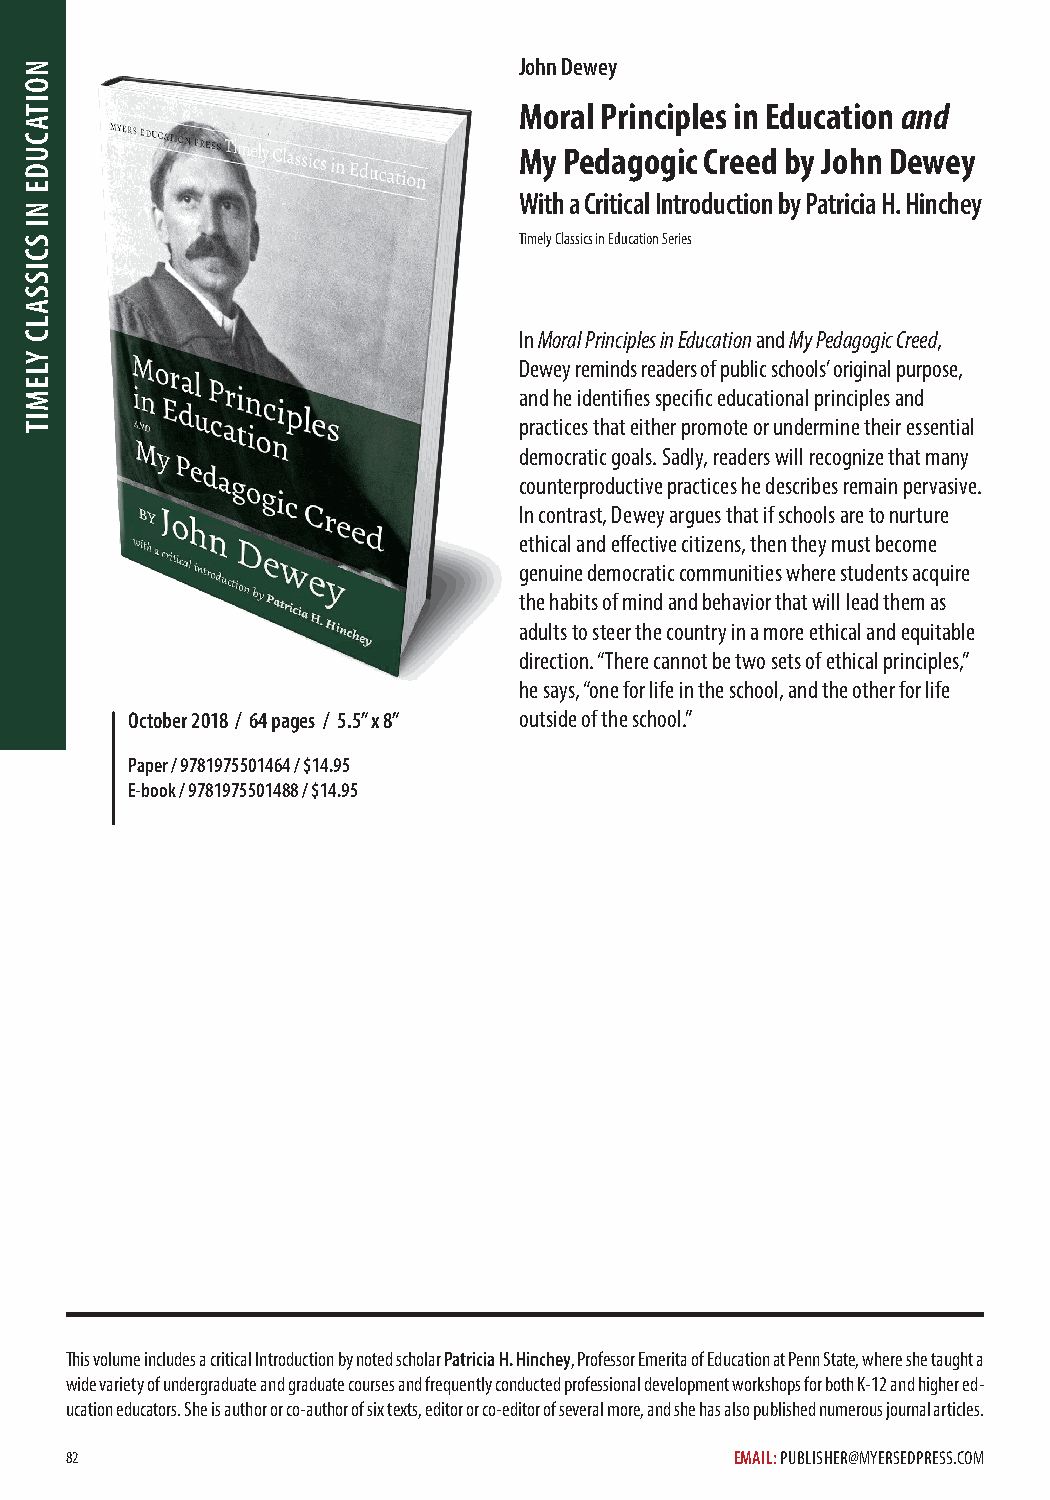
John Dewey
 Moral Principles in Education and
 My Pedagogic Creed by John Dewey
 With a Critical Introduction by Patricia H. Hinchey
 Timely Classics in Education Series
 In Moral Principles in Education and My Pedagogic Creed,
 Dewey reminds readers of public schools’ original purpose,
 and he identifies specific educational principles and
 practices that either promote or undermine their essential
 democratic goals. Sadly, readers will recognize that many
 counterproductive practices he describes remain pervasive.
 In contrast, Dewey argues that if schools are to nurture
 ethical and effective citizens, then they must become
 genuine democratic communities where students acquire
 the habits of mind and behavior that will lead them as
 adults to steer the country in a more ethical and equitable
 direction. “There cannot be two sets of ethical principles,”
 he says, “one for life in the school, and the other for life
 October 2018 / 64 pages / 5.5” x 8” outside of the school.”
 Paper / 9781975501464 / $14.95
 E-book / 9781975501488 / $14.95
 This volume includes a critical Introduction by noted scholar Patricia H. Hinchey, Professor Emerita of Education at Penn State, where she taught a
 wide variety of undergraduate and graduate courses and frequently conducted professional development workshops for both K-12 and higher ed-
 ucation educators. She is author or co-author of six texts, editor or co-editor of several more, and she has also published numerous journal articles.
 82                                           EMAIL: PUBLISHER@MYERSEDPRESS.COM
 NOITACUDE
 NI
 SCISSALC
 YLEMIT